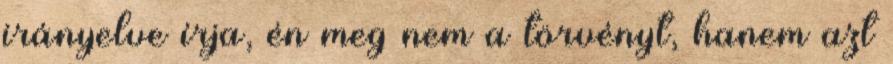
irányelve írja, én meg nem a törvényt, hanem azt